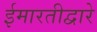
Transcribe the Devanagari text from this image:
ईमारतीद्वारे